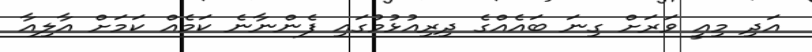
އަދި މިއީ ވަރަށް ގިނަ ބައެއްގެ ދިރިއުޅުމުގައި ފެންނާނެ ކަމެއް ކަމަށް އާލިއާ